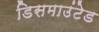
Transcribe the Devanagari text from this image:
डिसमाउंटेड